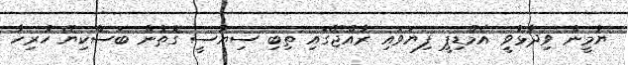
ޔާމީން ވިދާޅުވީ އެމްޑިޕީ ފިޔަވައި ރާއްޖޭގައި ތިބި ސިޔާސީ ގޮތުން ބަސްކިޔޭ ހުރިހާ